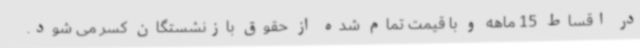
در اقساط 15 ماهه و با قیمت تمام شده از حقوق بازنشستگان کسر می شود.